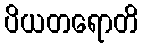
ပိယတရောတိ